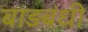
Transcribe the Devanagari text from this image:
बाड़बंधी